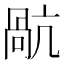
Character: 𭉥